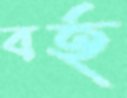
বর্হ